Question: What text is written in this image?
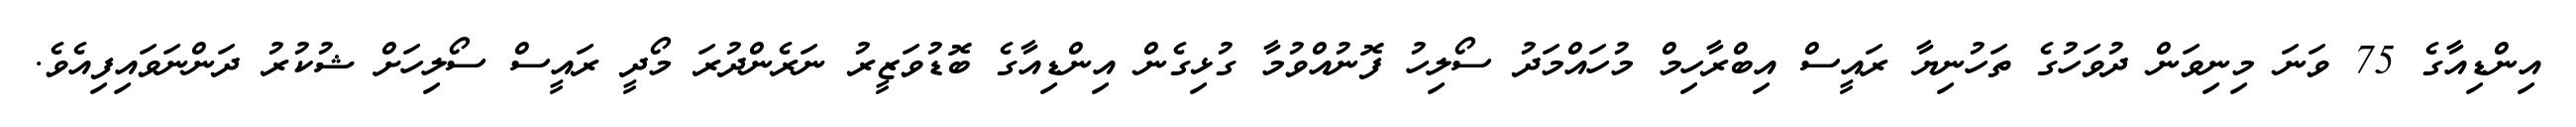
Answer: އިންޑިއާގެ 75 ވަނަ މިނިވަން ދުވަހުގެ ތަހުނިޔާ ރައީސް އިބްރާހިމް މުހައްމަދު ސޯލިހު ފޮނުއްވުމާ ގުޅިގެން އިންޑިއާގެ ބޮޑުވަޒީރު ނަރެންދުރަ މޯދީ ރައީސް ސޯލިހަށް ޝުކުރު ދަންނަވައިފިއެވެ.